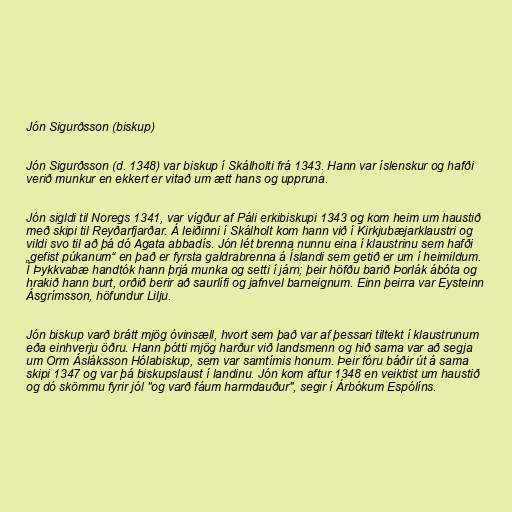
Jón Sigurðsson (biskup)

Jón Sigurðsson (d. 1348) var biskup í Skálholti frá 1343. Hann var íslenskur og hafði
verið munkur en ekkert er vitað um ætt hans og uppruna.

Jón sigldi til Noregs 1341, var vígður af Páli erkibiskupi 1343 og kom heim um haustið
með skipi til Reyðarfjarðar. Á leiðinni í Skálholt kom hann við í Kirkjubæjarklaustri og
vildi svo til að þá dó Agata abbadís. Jón lét brenna nunnu eina í klaustrinu sem hafði
„gefist púkanum“ en það er fyrsta galdrabrenna á Íslandi sem getið er um í heimildum.
Í Þykkvabæ handtók hann þrjá munka og setti í járn; þeir höfðu barið Þorlák ábóta og
hrakið hann burt, orðið berir að saurlífi og jafnvel barneignum. Einn þeirra var Eysteinn
Ásgrímsson, höfundur Lilju.

Jón biskup varð brátt mjög óvinsæll, hvort sem það var af þessari tiltekt í klaustrunum
eða einhverju öðru. Hann þótti mjög harður við landsmenn og hið sama var að segja
um Orm Ásláksson Hólabiskup, sem var samtímis honum. Þeir fóru báðir út á sama
skipi 1347 og var þá biskupslaust í landinu. Jón kom aftur 1348 en veiktist um haustið
og dó skömmu fyrir jól "og varð fáum harmdauður", segir í Árbókum Espólíns.